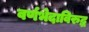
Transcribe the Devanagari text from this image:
वर्णभेदाविरुद्ध